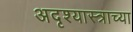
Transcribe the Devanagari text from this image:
अदृश्यास्त्राच्या